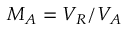
M _ { A } = V _ { R } / V _ { A }